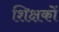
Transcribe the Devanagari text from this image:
शिक्षकों